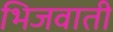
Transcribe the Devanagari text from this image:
भिजवाती